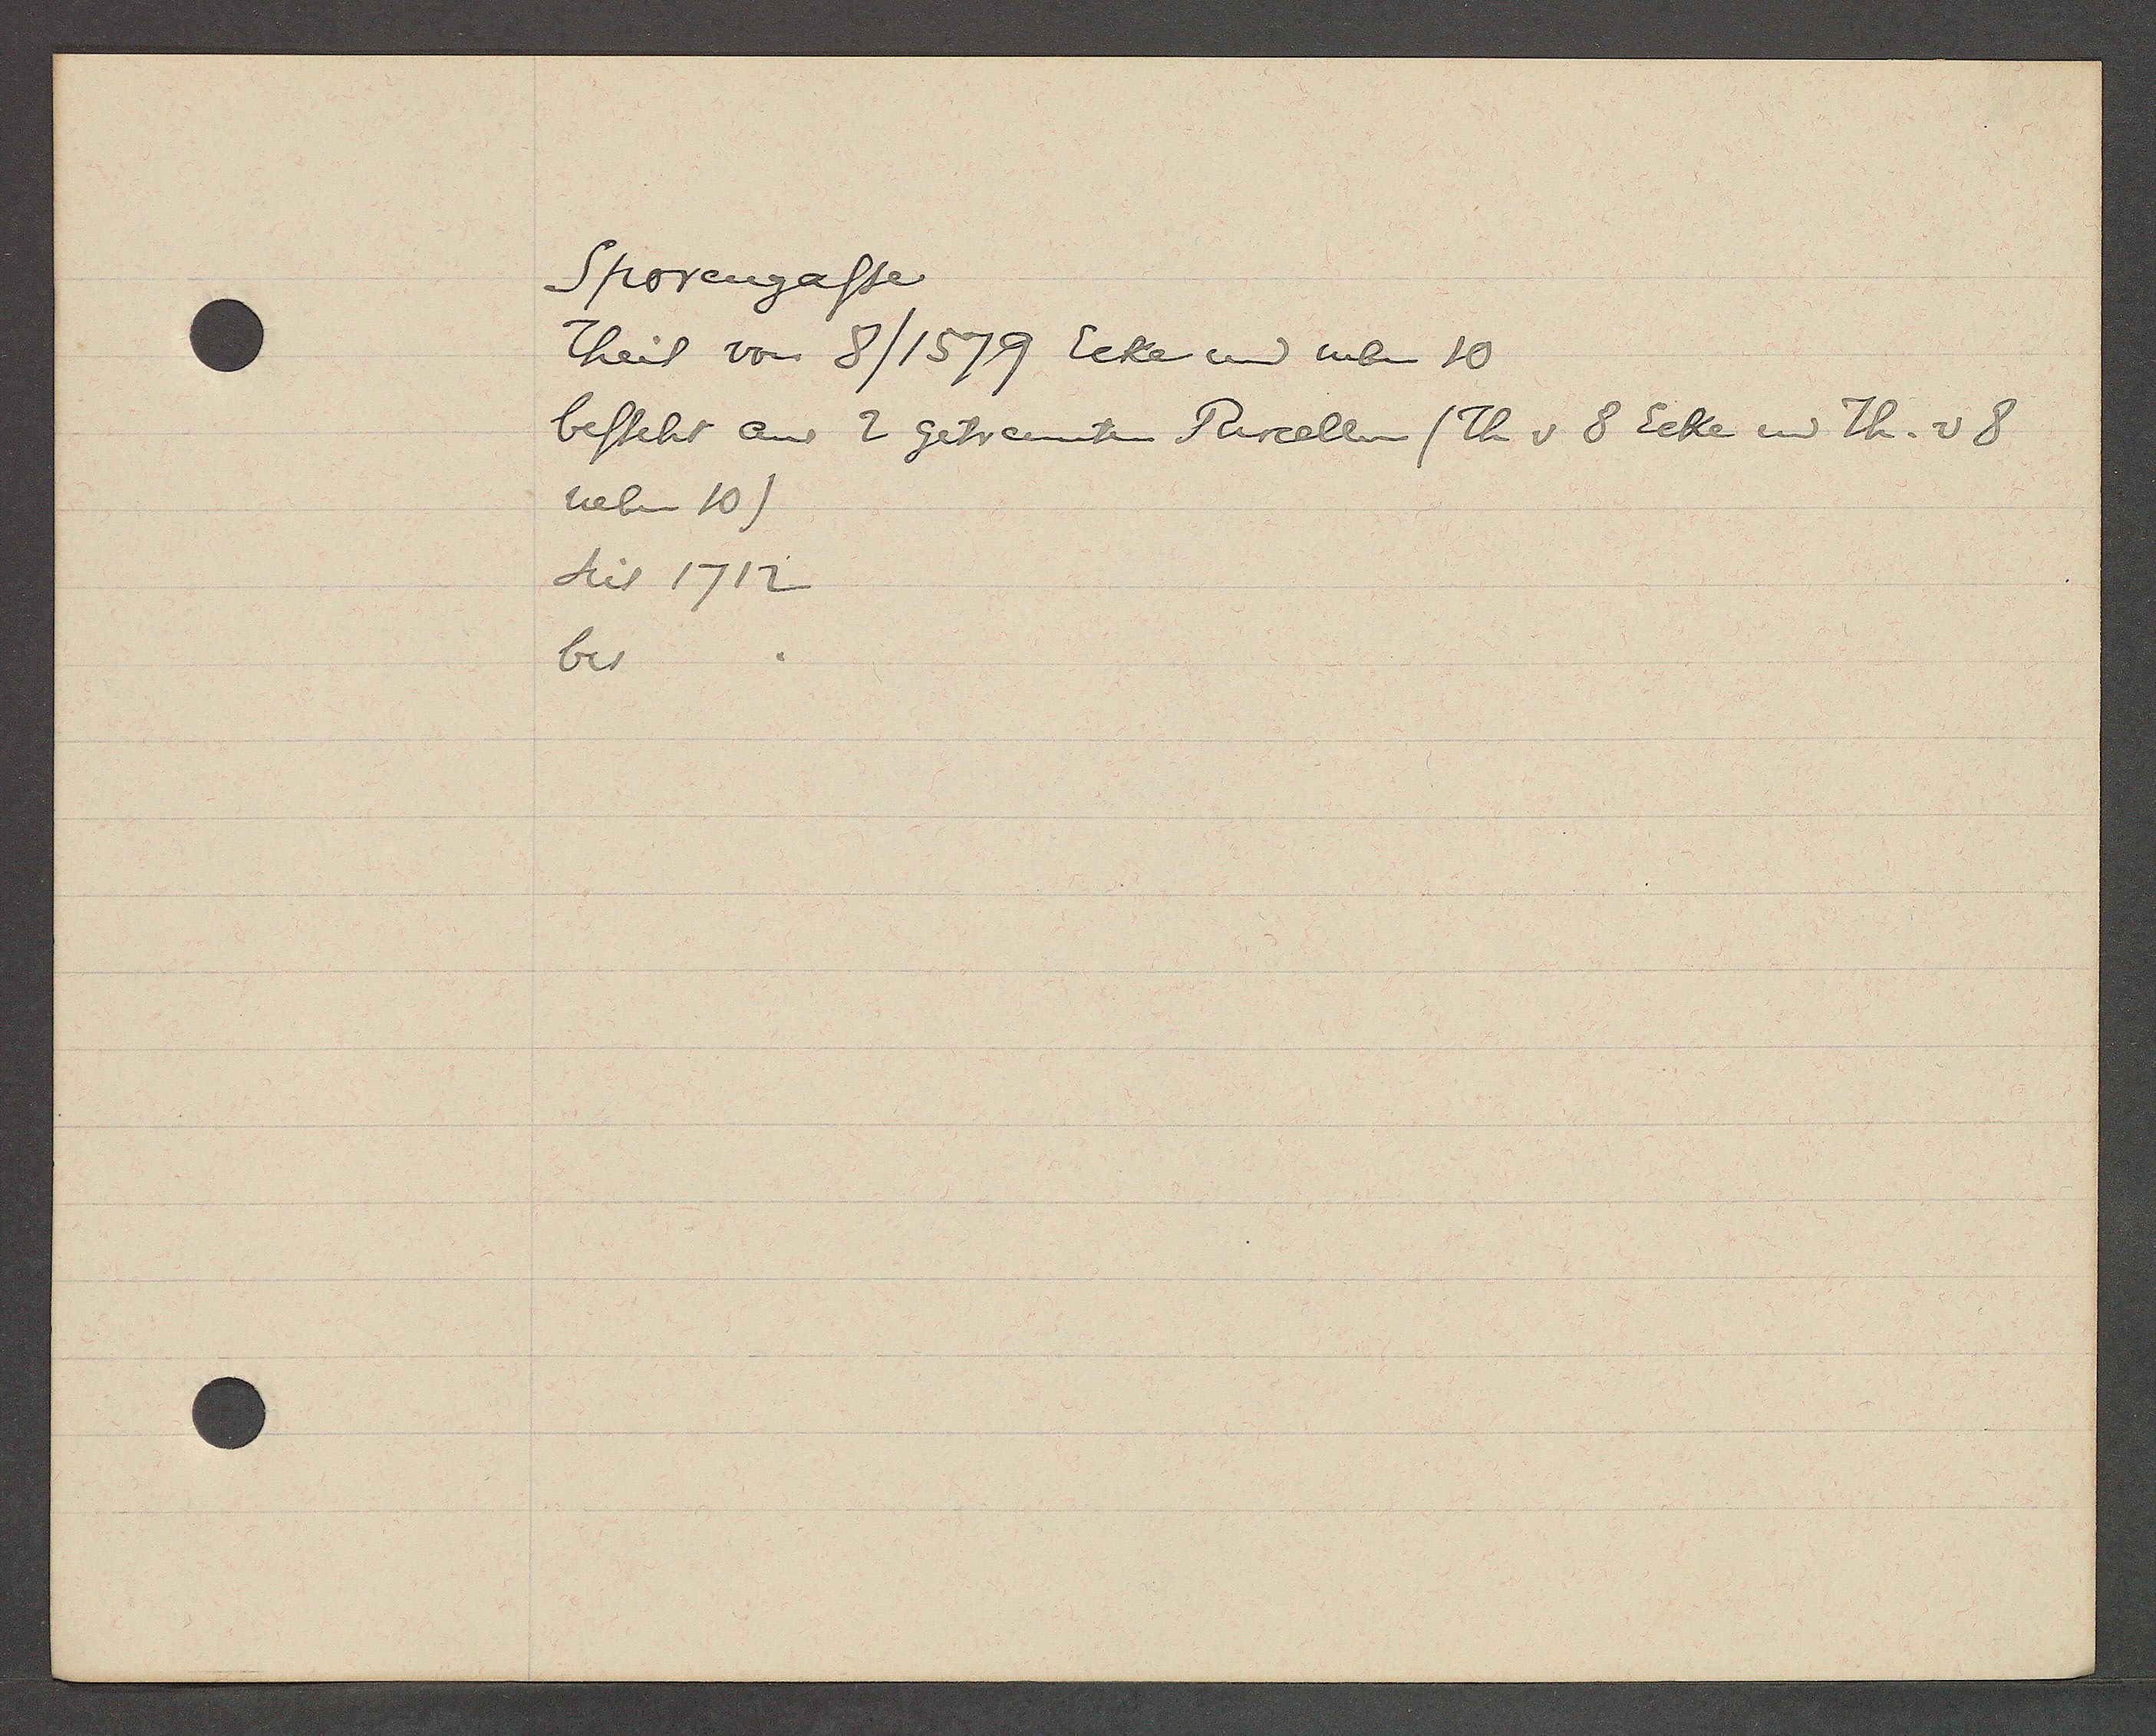
Transcript:
Sporengasse

Theil von 8 /1579 Ecke und neben 10
besteht aus 2 getrennten Parcellenn (Th v 8 Ecke und Th. v 8
neben 10)
seit 1712
bis